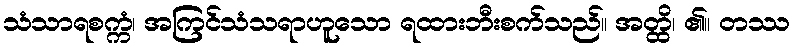
သံသာရစက္ကံ၊ အကြင်သံသရာဟူသော ရထားဘီးစက်သည်။ အတ္ထိ၊ ၏။ တဿ